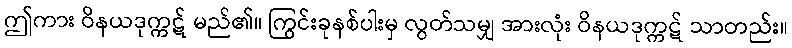
ဤကား ဝိနယဒုက္ကဋ် မည်၏။ ကြွင်းခုနစ်ပါးမှ လွတ်သမျှ အားလုံး ဝိနယဒုက္ကဋ် သာတည်း။